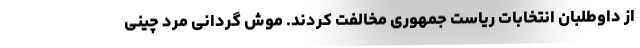
از داوطلبان انتخابات ریاست جمهوری مخالفت کردند. موش گردانی مرد چینی